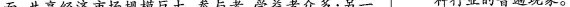
面，共享经济市场规模巨大，参与者、受益者众多；另一种行业的普遍现象。